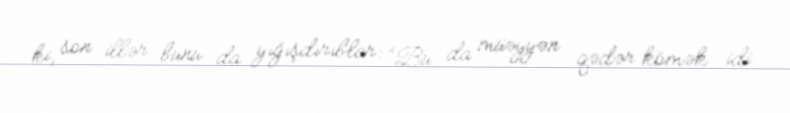
ki, son illər bunu da yığışdırıblar: “Bu da müəyyən qədər kömək idi